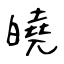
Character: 皢